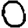
Digit: 0